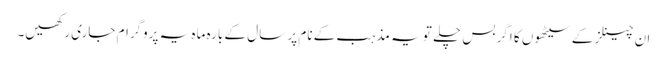
ان چینلز کے سیٹھوں کا اگر بس چلے تو یہ مذہب کے نام پر سال کے بارہ ماہ یہ پروگرام جاری رکھیں۔